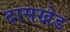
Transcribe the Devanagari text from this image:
दासखेड